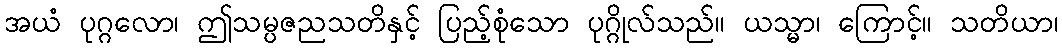
အယံ ပုဂ္ဂလော၊ ဤသမ္ပဇညသတိနှင့် ပြည့်စုံသော ပုဂ္ဂိုလ်သည်။ ယသ္မာ၊ ကြောင့်။ သတိယာ၊